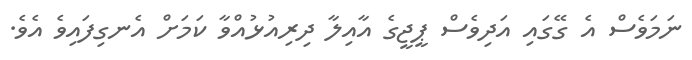
ނަމަވެސް އެ ގޭގައި އަދިވެސް ޕީޖީގެ އާއިލާ ދިރިއުޅުއްވާ ކަމަށް އެނގިފައިވެ އެވެ.